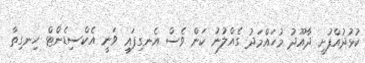
ކުޅުދުއްފުށީ ދާއޫދު މުހައްމަދު ގެއްލުނު ކަން ވެސް އެނގިފައި ވަނީ އެކްސިޑެންޓް ހިނގިތާ